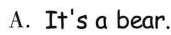
A.It's a bear.